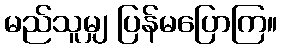
မည်သူမျှ ပြန်မပြောကြ။